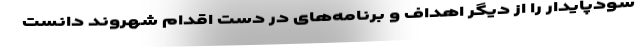
سودپایدار را از دیگر اهداف و برنامه‌های در دست اقدام شهروند دانست